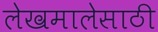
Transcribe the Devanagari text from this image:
लेखमालेसाठी